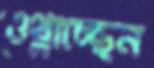
ওথ্‌লাচ্ছেন